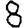
Digit: 8